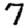
Digit: 7